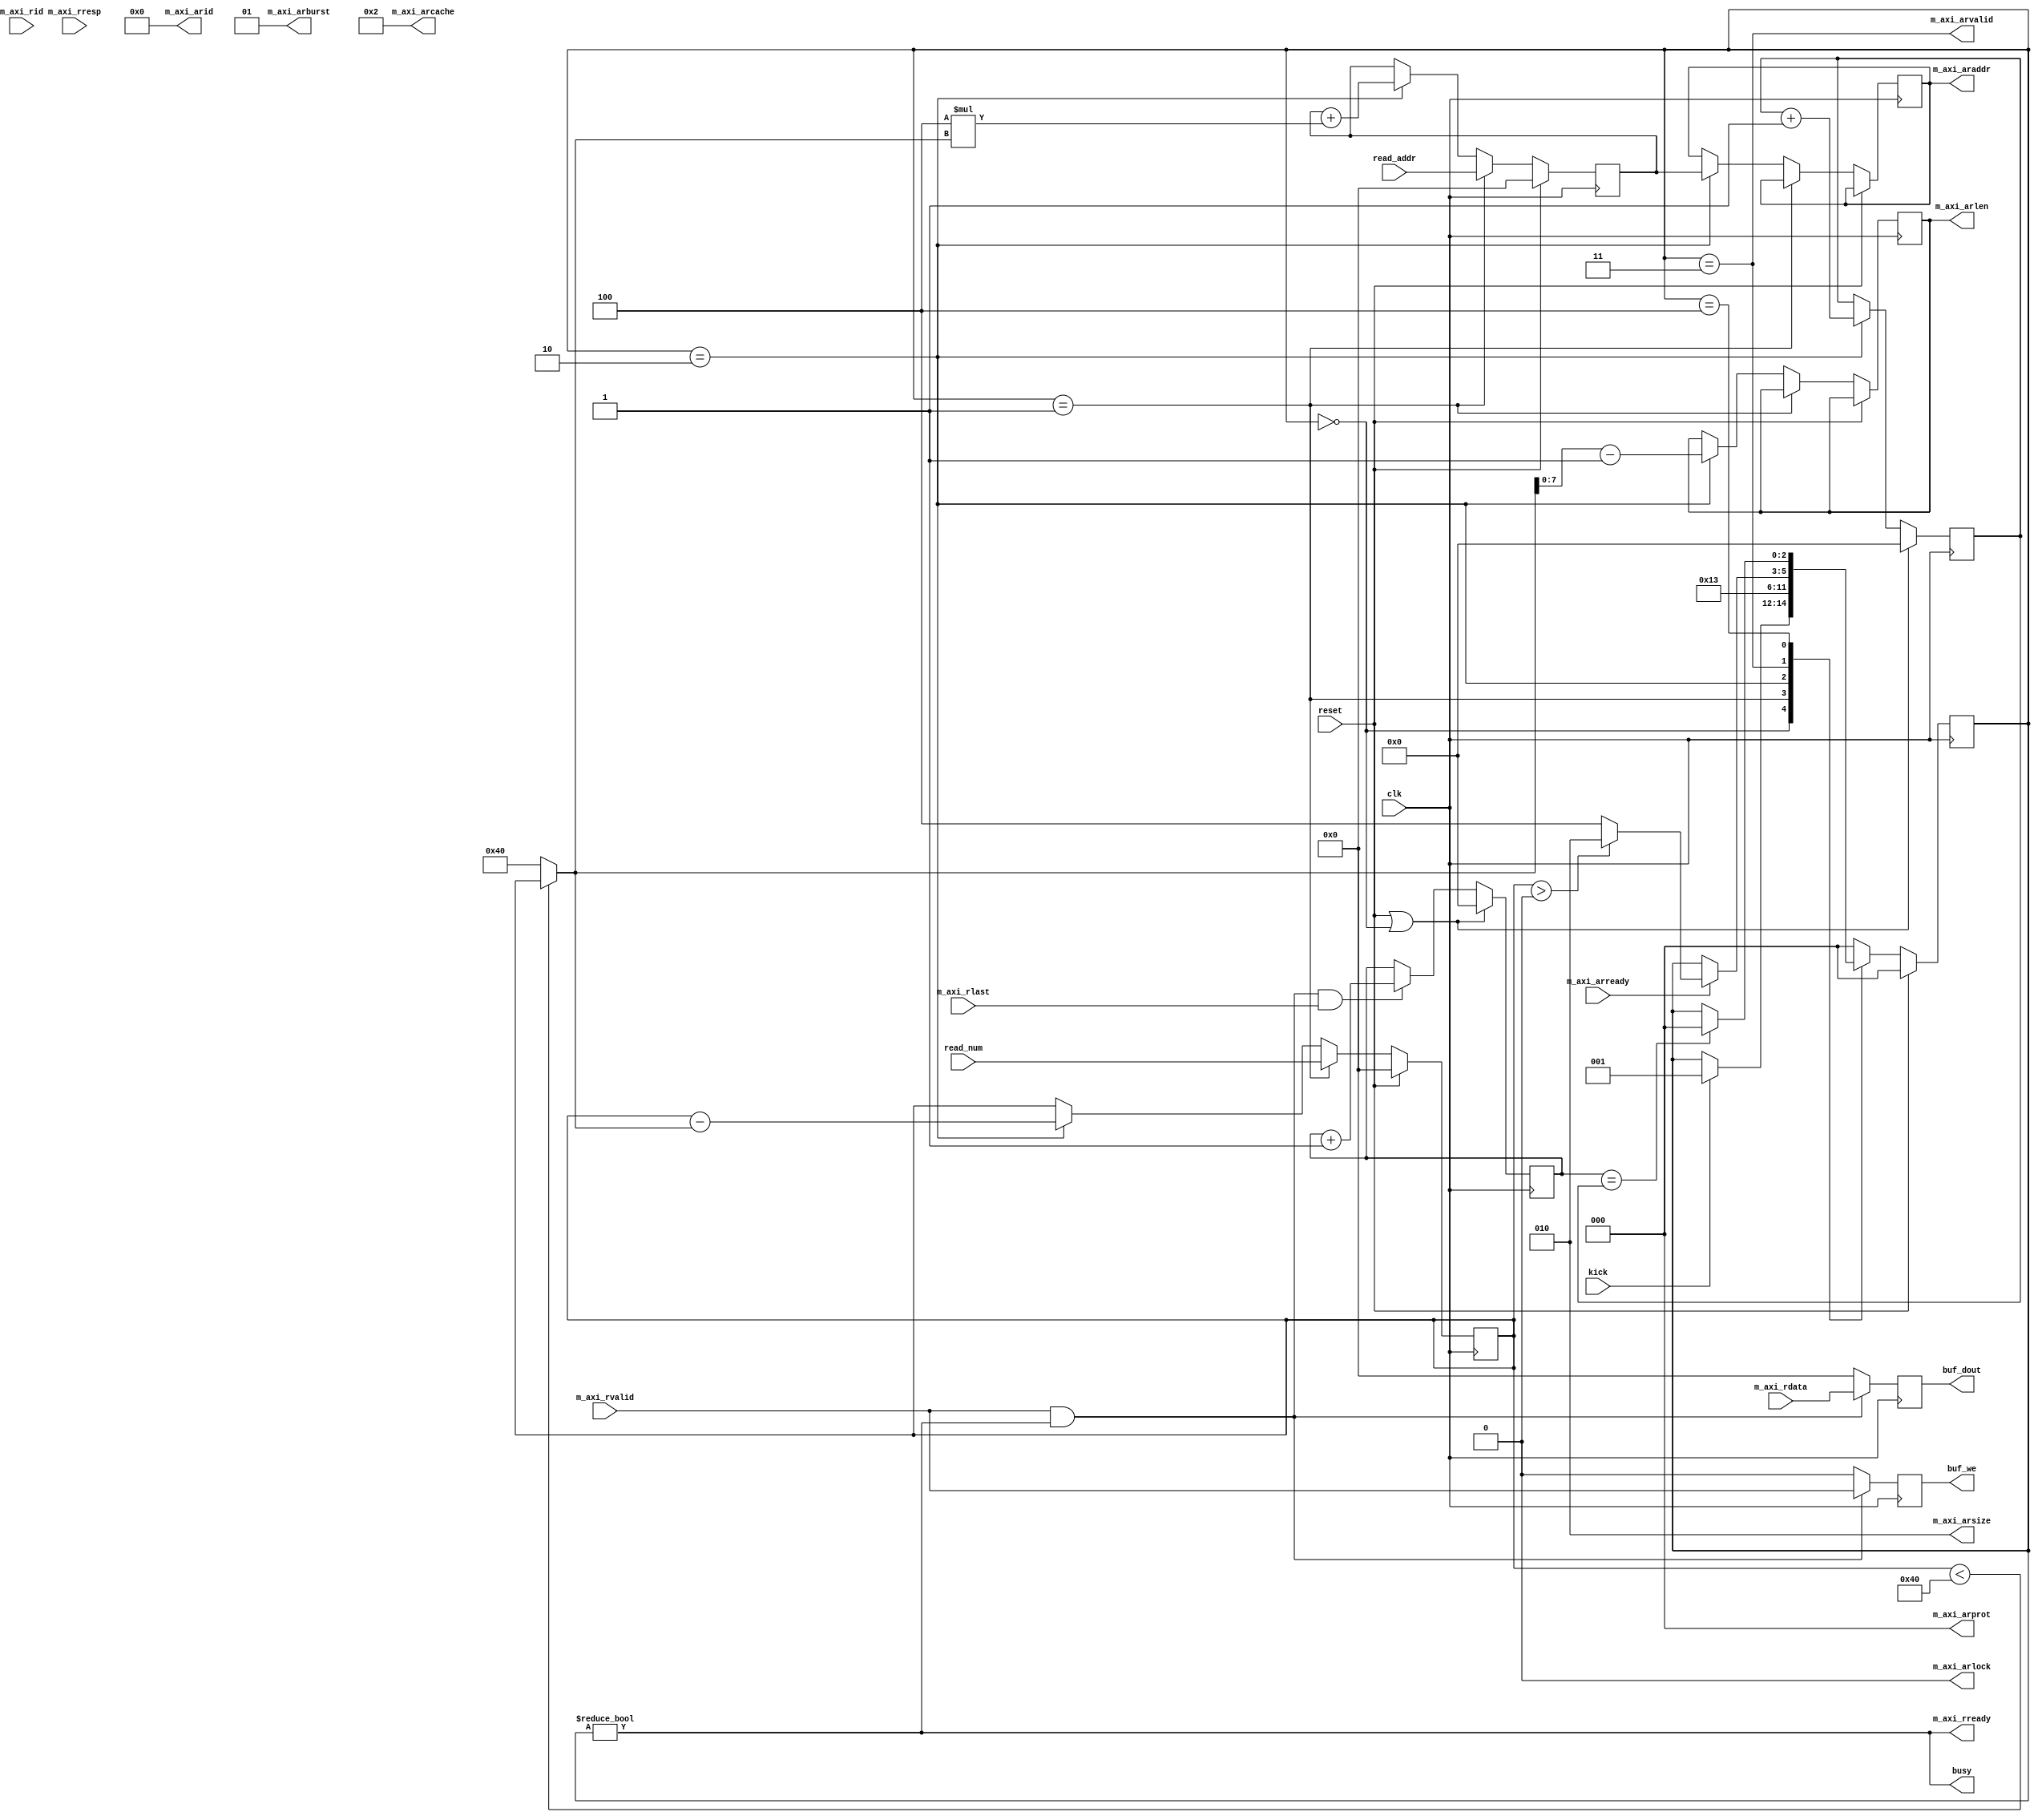
`default_nettype none

module axi4m_to_fifo_overlap #(
	parameter C_M_AXI_ID_WIDTH = 4,
	parameter C_M_AXI_ADDR_WIDTH = 32,
	parameter C_M_AXI_DATA_WIDTH = 32
)(
		input wire clk,
		input wire reset,
		
		input wire kick,
		output wire busy,
		input wire [31:0]read_num,
		input wire [31:0]read_addr,
		
		output wire [C_M_AXI_ID_WIDTH-1:0] m_axi_arid,
		output reg [C_M_AXI_ADDR_WIDTH-1:0] m_axi_araddr,
		output reg [7:0] m_axi_arlen,
		output wire [2:0] m_axi_arsize,
		output wire [1:0] m_axi_arburst,
		output wire [0:0] m_axi_arlock,
		output wire [3:0] m_axi_arcache,
		output wire [2:0] m_axi_arprot,
		output wire m_axi_arvalid,
		input wire m_axi_arready,
		
		output wire m_axi_rready,
		input wire [C_M_AXI_ID_WIDTH-1:0] m_axi_rid,
		input wire [C_M_AXI_DATA_WIDTH-1:0] m_axi_rdata,
		input wire [1:0] m_axi_rresp,
		input wire m_axi_rlast,
		input wire m_axi_rvalid,
		
		output reg [C_M_AXI_DATA_WIDTH-1:0] buf_dout,
		output reg buf_we
);

	localparam MAX_BURST_LENGTH = 32'd64;

	
	reg [2:0] state;
	localparam s_idle = 0;
	localparam s_kick = 1;
	localparam s_addrcalc = 2;
	localparam s_addrissue = 3;
	localparam s_datawait = 4;


	assign m_axi_arid = {C_M_AXI_ID_WIDTH{1'b0}};
	assign m_axi_arburst = 2'b01;
	assign m_axi_arlock = 1'b0;
	assign m_axi_arcache = 4'b0010;
	assign m_axi_arprot = 3'h0;
	assign m_axi_arsize = 3'b010;//4byte @TODO
	assign m_axi_arvalid = (state == s_addrissue);

	assign m_axi_rready = (state != s_idle);

	assign busy = (state != s_idle);


	reg [7:0] issue_num;
	reg [7:0] issue_num_cnt;
	reg [31:0] read_num_buf;
	reg [31:0] read_addr_buf;
	reg [31:0] total_read_cnt;

	always @(posedge clk) begin
		if(reset == 1'b1) begin
			state <= s_idle;
		end else begin
			case (state)
				s_idle:
					if(kick == 1'b1)
						state <= s_kick;
				s_kick:
					state <= s_addrcalc;
				s_addrcalc:
					state <= s_addrissue;
				s_addrissue: begin
					if(m_axi_arready == 1'b1) begin
						if(read_num_buf > 32'h0)
							state <= s_addrcalc;
						else
							state <= s_datawait;
					end
				end
				s_datawait:
					if(issue_num_cnt == issue_num)
						state <= s_idle;
				default: state <= s_idle; 
			endcase
		end
	end

	always @(posedge clk) begin
		if(reset == 1'b1) begin
			read_num_buf <= 32'h0;
			read_addr_buf <= 32'h0;
		end else if(state == s_kick) begin
			read_num_buf <= read_num;
			read_addr_buf <= read_addr;
		end	else if(state == s_addrcalc) begin
			m_axi_arlen <= ((read_num_buf < MAX_BURST_LENGTH)?read_num_buf:MAX_BURST_LENGTH) - 32'h1;
			read_num_buf <= read_num_buf - ((read_num_buf < MAX_BURST_LENGTH)?read_num_buf:MAX_BURST_LENGTH);
			m_axi_araddr <= read_addr_buf;
			read_addr_buf <= read_addr_buf + (C_M_AXI_DATA_WIDTH/8) * ((read_num_buf < MAX_BURST_LENGTH)?read_num_buf:MAX_BURST_LENGTH);
		end
	end

	always @(posedge clk) begin
		if(reset == 1'b1 || state == s_idle)
			total_read_cnt <= 32'h0;
		else if(m_axi_rvalid == 1'b1 && m_axi_rready == 1'b1)
			total_read_cnt <= total_read_cnt + 32'h1;
	end
	always @(posedge clk) begin
		if(reset == 1'b1 || state == s_idle)
			issue_num <= 8'h0;
		else if(state == s_addrcalc)
			issue_num <= issue_num + 8'h1;
	end
	always @(posedge clk) begin
		if(reset == 1'b1 || state == s_idle)
			issue_num_cnt <= 8'h0;
		else if(m_axi_rvalid == 1'b1 && m_axi_rready == 1'b1 && m_axi_rlast == 1'b1)
			issue_num_cnt <= issue_num_cnt + 8'h1;
	end

	always @(posedge clk) begin
		if(m_axi_rvalid == 1'b1 && m_axi_rready == 1'b1) begin
			buf_dout <= m_axi_rdata;
			buf_we <= m_axi_rvalid;
		end else begin
			buf_dout <= {C_M_AXI_DATA_WIDTH{1'b0}};
			buf_we <= 1'b0;
		end
	end

endmodule